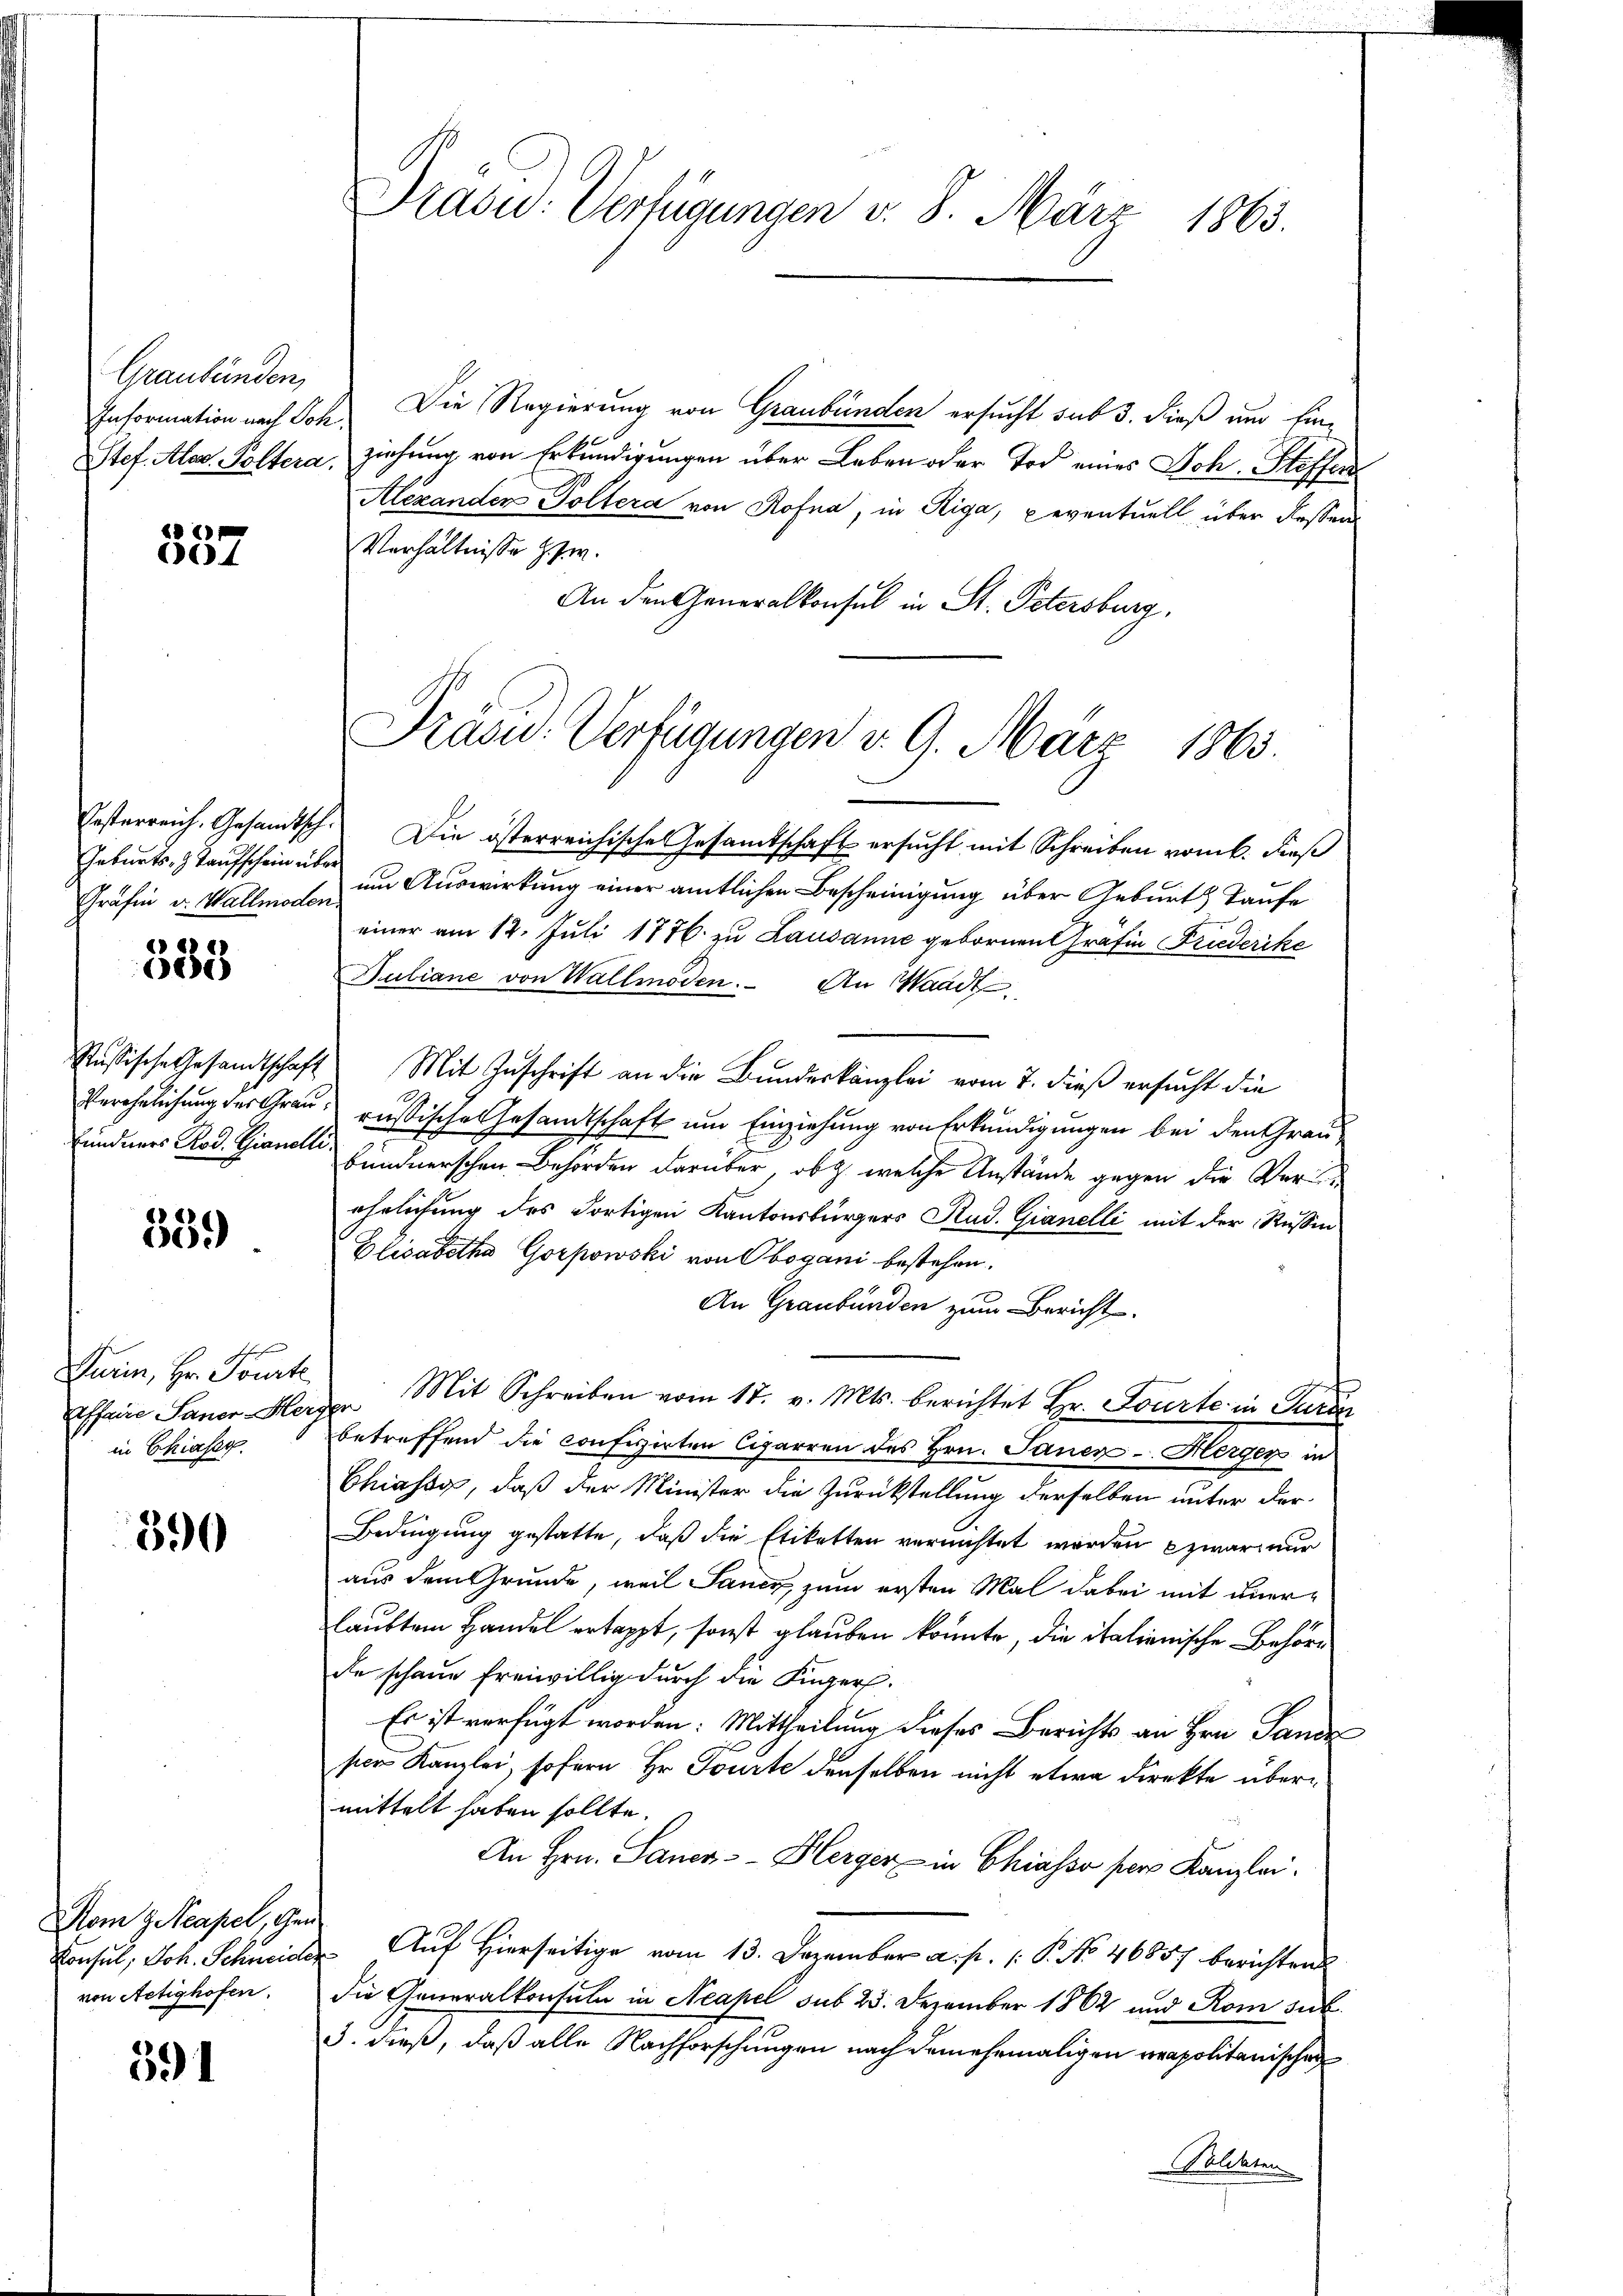
Graubünden,
Information nach Sch
Stef. Alem. Poltera.

1
e

Geburts- & Kaufschein über

333

539.

schehen
Furin, Hr. Jourte
in Chiasag.

390

Nom z eapel, Gen
von Aetighofen.

391

Oesterreich. Gesandtsch. Die österreichische Gesamtschaft ersucht mit Schreiben vom k. Fieß
Gräfin v. Wallmachen um Auswirkung einer amtlichen Bescheinigung über Geburts Taufe
einer am 12. Juli 1776. zu Lausanne gebornen Gräfin Friederike
Juliane von Wallmoden. An Waadt
Russische Gesandtschaft Mit Zuschrift an die Bundeskanzlei vom 7. dieß ersucht die
Verehelichung des Grau, russische Gesandtschaft um Einziehung von Erkundigungen bei den Graufundners od. Grandi Hundnerschen Behörden darüber, ob welche Anstände gegen die Verähnlichung des Fortigen Kantonsbürgers Rud. Gianelli mit der Russin
Elisabetha Gorpowski von Obogani bestehen.
An Graubünden zum Bericht
Affaire Sauer Herzen Mit Schreiben vom 17. v. Mts. berichtet Hr. Fourte in Paren
betreffend die confisirten Cigarren des Hrn. Janer-Herger in
Chiasso, daß der Minister die Zurückstellung derselben unter der
Bedingung gestatte, daß die Etiketten vernichtet werden zwar nur
aus dem Grunde, weil Sanen, zum ersten Mal dabei mit anerlaubtem Handel ertappt, sonst glauben konnte, die italienische Behördie schaue freiwillig durch die Finger.
Es ist verfügt worden: Mittheilung dieses Berichts an Hrn. Pande
ser Kanzlei, sofern Hr. Tourte denselben nicht etwa direkte übermittelt haben sollte.
An Hrn. Sauer Herger in Chiasso per Kanzlei.
Konsul, Joh. Schneider Auf hierseitige vom 13. Dezember a. p. 1. P. No 46857 berichten
die Generalkonsuln in Neapel sub 23. Dezember 1862 und Rom sub
3. dieß, daß alle Nachforschungen nach dem ehemaligen neapolitanischen
Soldaten

Drasw. Verfügungen v. 8. März 1863.

Die Regierung von Graubünden ersucht sub 3. dieß um Einziehung von Erkundigungen über Leben oder Tod eines Joh. Steffen
Alexander Poltera von Rofna, in Riga, Leventuell über dessen
Verhältnisse u. zw.
An den Generalkonsul in St. Petersburg,

Präsid.. Verfügungen v. 9. März 1863.